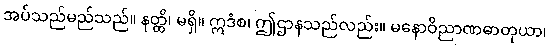
အပ်သည်မည်သည်။ နတ္ထိ၊ မရှိ။ ဣဒံစ၊ ဤဌာနသည်လည်း။ မနောဝိညာဏဓာတုယာ၊